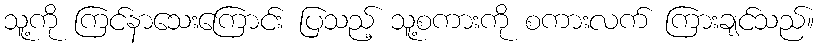
သူ့ကို ကြင်နာသေးကြောင်း ပြသည့် သူ့စကားကို စကားလက် ကြားချင်သည်။